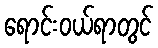
ရောင်းဝယ်ရာတွင်